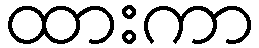
ထားကာ